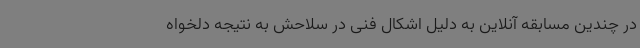
در چندین مسابقه آنلاین به دلیل اشکال فنی در سلاحش به نتیجه دلخواه